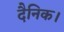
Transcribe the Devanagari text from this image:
दैनिक।